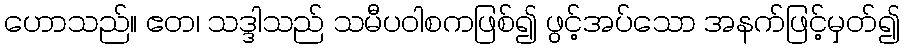
ဟောသည်။ ဧတ၊ သဒ္ဒါသည် သမီပဝါစကဖြစ်၍ ဖွင့်အပ်သော အနက်ဖြင့်မှတ်၍